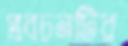
প্রবচনটির